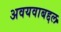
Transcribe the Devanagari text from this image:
अवयवाबद्दल